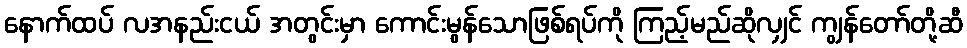
နောက်ထပ် လအနည်းငယ် အတွင်းမှာ ကောင်းမွန်သောဖြစ်ရပ်ကို ကြည့်မည်ဆိုလျှင် ကျွန်တော်တို့ဆီ